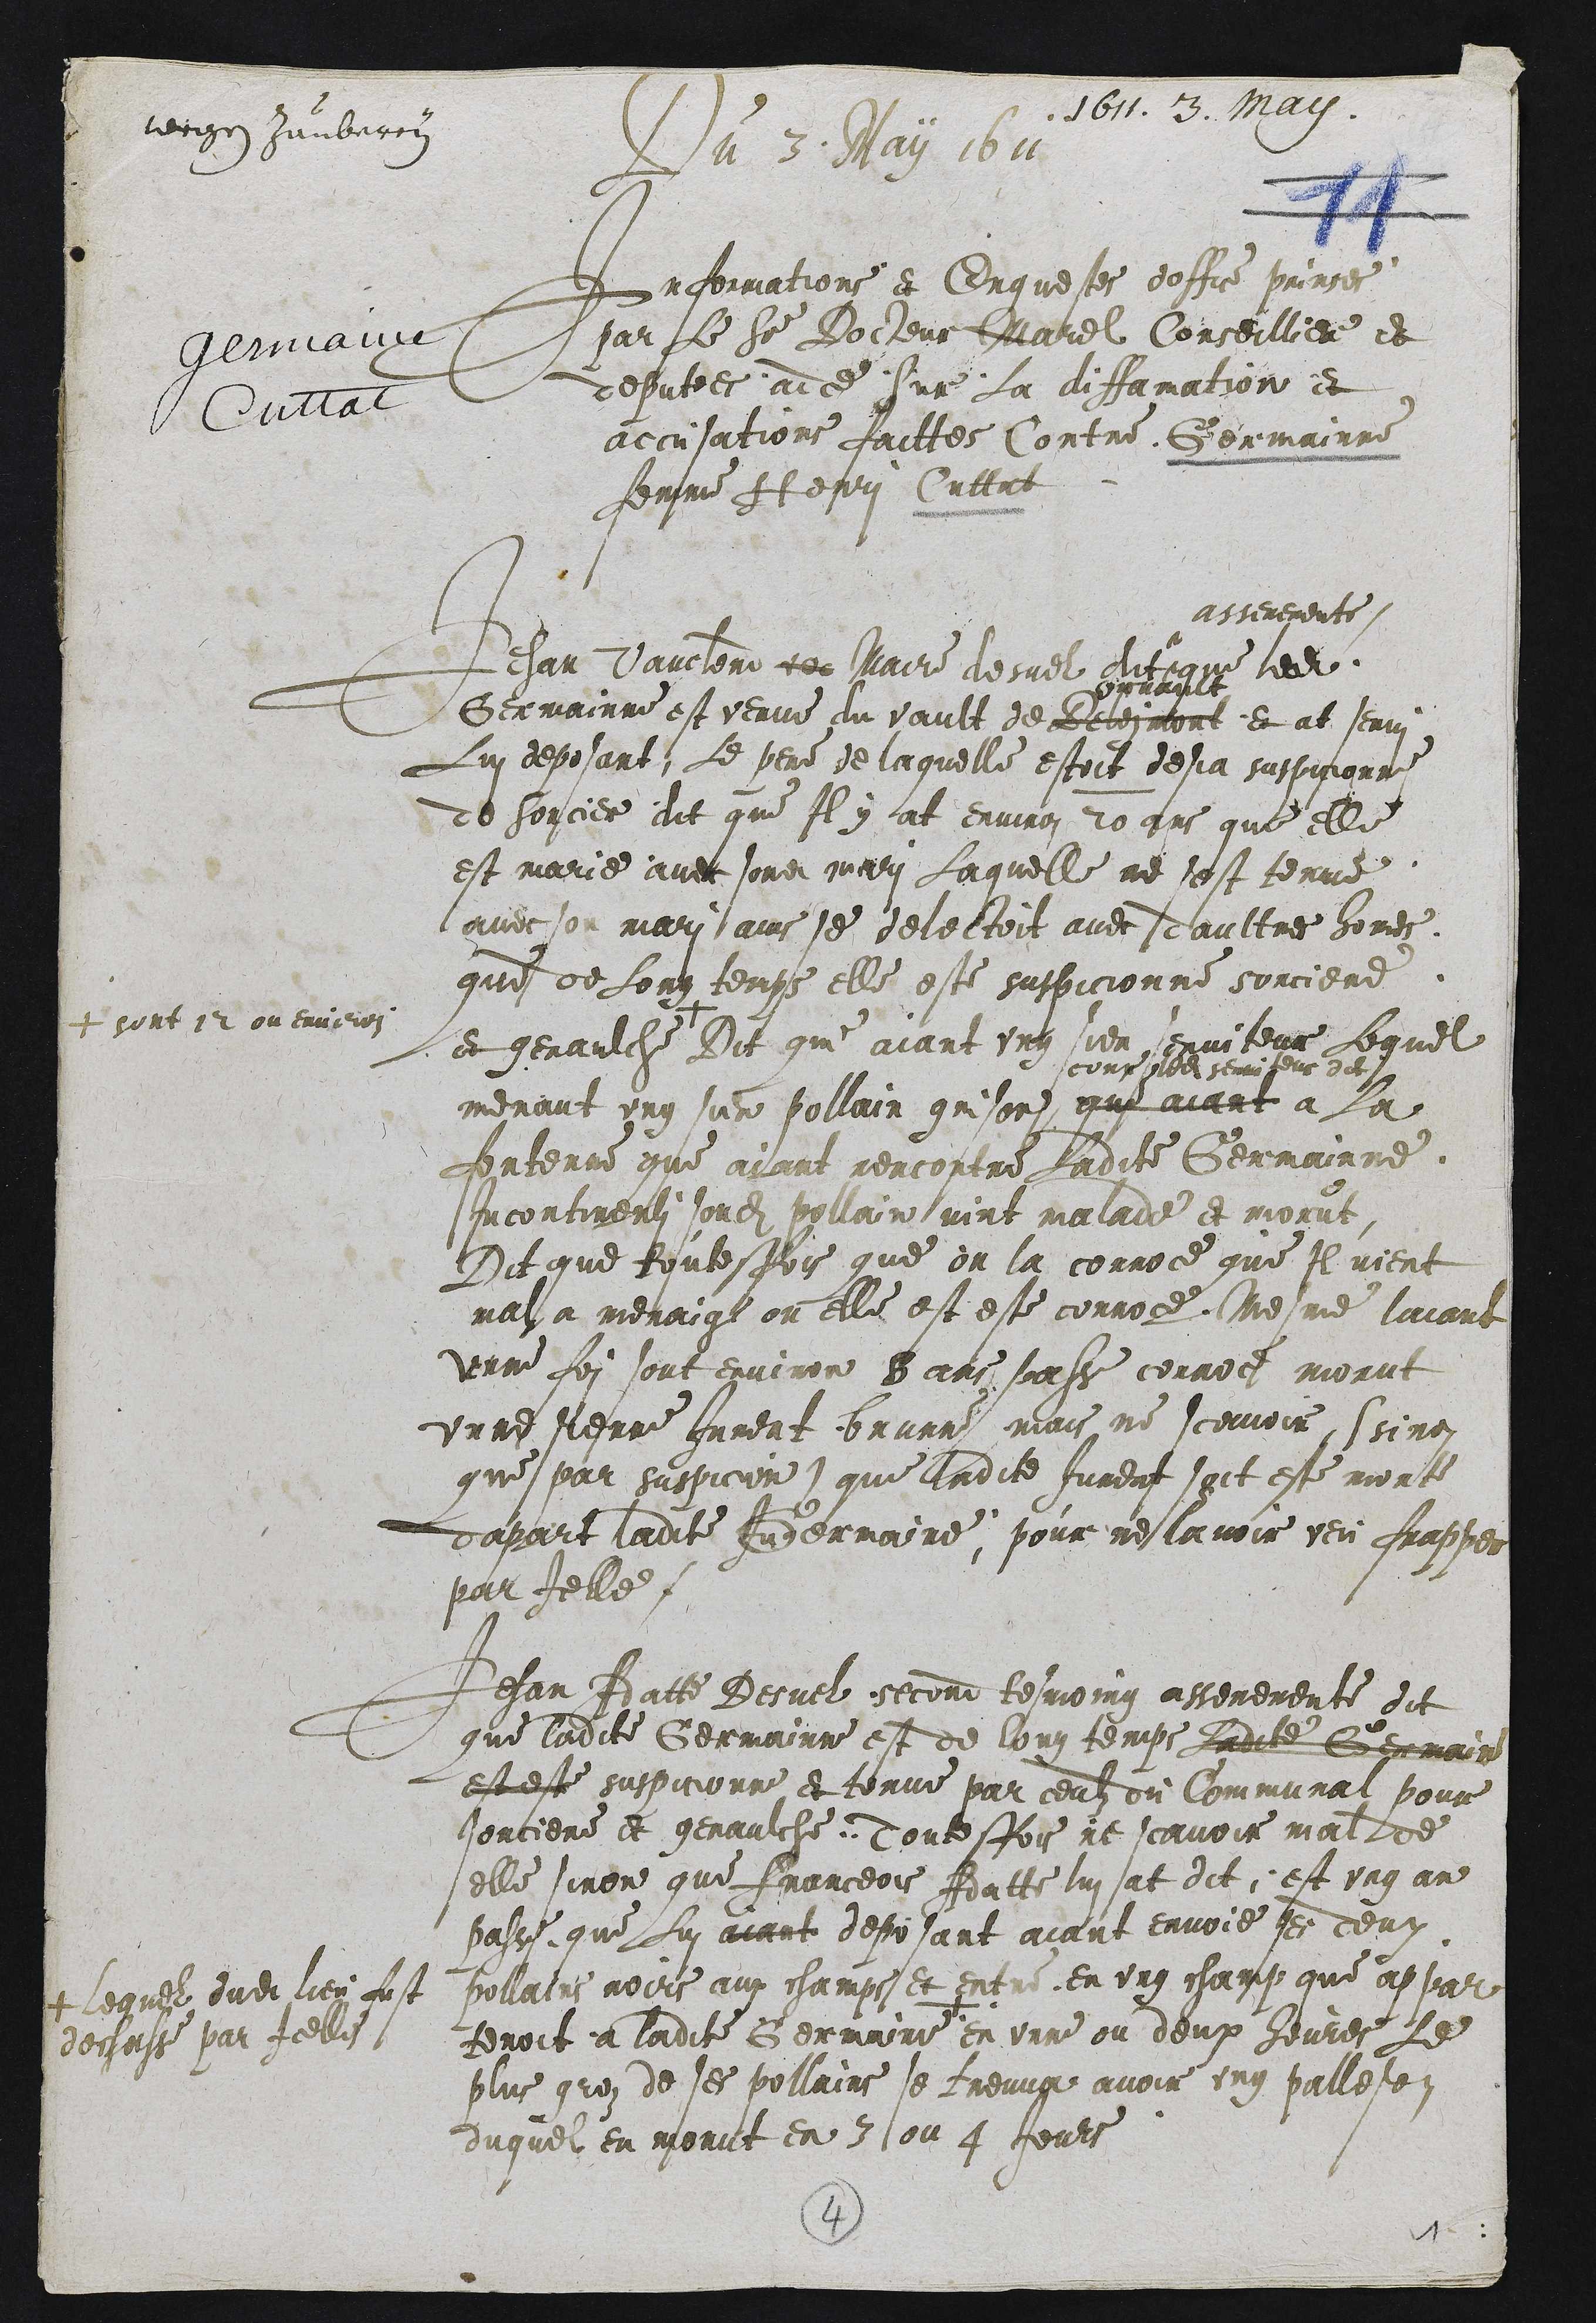
1611 .3. May
wegen Zauberey
Germaine
Cuttat
Du 3. May 1611
Informations et Enquestes doffice prinses
par Le Sieur Docteur Marel Conseillier et
deputees ad ce Sur La diffamation et
accusations faittes Contre Germainne
femme Henri Cuttat

Jehan Vauclerd voe Maire desuel dit
assermente
que ledit
Germainne est venue du Vault de Deleimont
Orvault
et at servi
Lui deposant, Le pere de laquelle estoit desja suspicionne
de Sorcier dit que Il y at environ 20 ans que elle
est marie avec sondit mari Laquelle ne sest tenue
avec son mari ains se delectoit avec daultres homes
que de Long temps elle este suspicionne sorciere
et genaulche +
+ sont 12 ou environ
Dit que aiant ung sien serviteur Lequel
menant ung sien pollain grison
come ledit serviteur dit
qui aiant a La
fontenne que aiant rencontre Ladite Germainne
Incontinenti sondit pollain vint malade et morut,
Dit que toutesfois que on la corroce que Il vient
mal a menaige ou elle est este corroce. Mesme laiant
Unne foi sont environ 8 ans passe corroce morut
unne sienne Jument brunne mais ne scavoir (sinon
que par suspicion) que ladite Juement soit este morte
dapart ladite Germaine, pour ne lavoir veu frapper
par Icelle.

Jehan Adatte Desuel second tesmoing asseremente dit
que ladite Germainne est de long temps Ladite Germaine
est este suspicionne et tenue par ceulz du Communal pour
sorciere et genaulche. Toutesfois ne scavoir mal de
elle sinon que Franceois Adatte lui at dit; est ung an
passe que Lui aiant deposant aiant envoie ses deux
pollains noirs aux champs et entre en ung champ que appar
tenoit a ladite Germaine +
+ Lequel dudit lieu fust
dechasse par Icelle
en unne ou deux heures Le
plus groz de ses pollains se treuva avoir ung palleson
duquel en morut en 3 ou 4 Jours

4
1